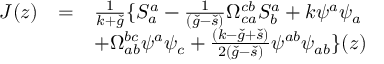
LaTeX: \begin{array} { l l l } { { J ( z ) } } & { { = } } & { { \frac { 1 } { k + \check { g } } \{ S _ { a } ^ { a } - \frac { 1 } { ( \check { g } - \check { s } ) } \Omega _ { c a } ^ { c b } S _ { b } ^ { a } + k \psi ^ { a } \psi _ { a } } } \\ { { } } & { { } } & { { + \Omega _ { a b } ^ { b c } \psi ^ { a } \psi _ { c } + \frac { ( k - \check { g } + \check { s } ) } { 2 ( \check { g } - \check { s } ) } \psi ^ { a b } \psi _ { a b } \} ( z ) } } \end{array}